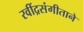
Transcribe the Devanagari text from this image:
रवींद्रसंगीताने